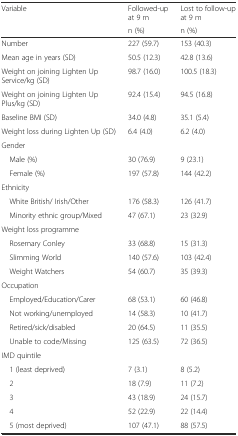
| Variable | Followed-up at 9 m | Lost to follow-up at 9 m |
 |  | n (%) | n (%) |
 | --- | --- | --- |
 | Number | 227 (59.7) | 153 (40.3) |
 | Mean age in years (SD) | 50.5 (12.3) | 42.8 (13.6) |
 | Weight on joining Lighten Up Service/kg (SD) | 98.7 (16.0) | 100.5 (18.3) |
 | Weight on joining Lighten Up Plus/kg (SD) | 92.4 (15.4) | 94.5 (16.8) |
 | Baseline BMI (SD) | 34.0 (4.8) | 35.1 (5.4) |
 | Weight loss during Lighten Up (SD) | 6.4 (4.0) | 6.2 (4.0) |
 | Gender |  |  |
 | Male (%) | 30 (76.9) | 9 (23.1) |
 | Female (%) | 197 (57.8) | 144 (42.2) |
 | Ethnicity |  |  |
 | White British/ Irish/Other | 176 (58.3) | 126 (41.7) |
 | Minority ethnic group/Mixed | 47 (67.1) | 23 (32.9) |
 | Weight loss programme |  |  |
 | Rosemary Conley | 33 (68.8) | 15 (31.3) |
 | Slimming World | 140 (57.6) | 103 (42.4) |
 | Weight Watchers | 54 (60.7) | 35 (39.3) |
 | Occupation |  |  |
 | Employed/Education/Carer | 68 (53.1) | 60 (46.8) |
 | Not working/unemployed | 14 (58.3) | 10 (41.7) |
 | Retired/sick/disabled | 20 (64.5) | 11 (35.5) |
 | Unable to code/Missing | 125 (63.5) | 72 (36.5) |
 | IMD quintile |  |  |
 | 1 (least deprived) | 7 (3.1) | 8 (5.2) |
 | 2 | 18 (7.9) | 11 (7.2) |
 | 3 | 43 (18.9) | 24 (15.7) |
 | 4 | 52 (22.9) | 22 (14.4) |
 | 5 (most deprived) | 107 (47.1) | 88 (57.5) |